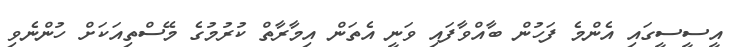
އީސީސީގައި އެންމެ ފަހުން ބާއްވާފައި ވަނީ އެތަން އިމާރާތް ކުރުމުގެ މޭސްތިއަކަށް ހުންނެވި